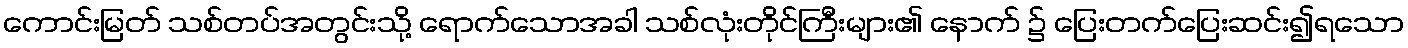
ကောင်းမြတ် သစ်တပ်အတွင်းသို့ ရောက်သောအခါ သစ်လုံးတိုင်ကြီးများ၏ နောက် ၌ ပြေးတက်ပြေးဆင်း၍ရသော